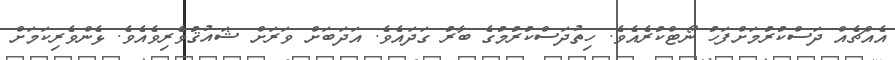
އެއްޗެއް ދަސްކުރުމަށްފަހު ނޯޓްކުރެއެވެ. ހިތުދަސްކުރުމުގެ ބާރު ގަދައެވެ. އަދަބަށް ވަރަށް ޝައުޤުވެރިވެއެވެ. ޅެންވެރިކަމަށް